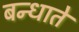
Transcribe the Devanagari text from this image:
बन्धाते